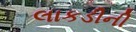
લાકડીની